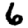
Digit: 6